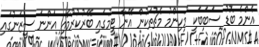
އެންމެ ބޮޑު ސަބަބަކީ މުހިންމު މެޗުތަކުން އޭނާ ޓީމުގައި ބޭރުކުރުމާއި އަންނަ ސީޒަނުގައި